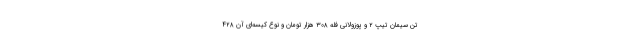
تن سیمان تیپ ۲ و پوزولانی فله ۳۰۸ هزار تومان و نوع کیسه‌ای آن ۴۲۸